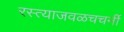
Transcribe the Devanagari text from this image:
रस्त्याजवळचचर्नी